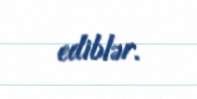
ediblər.